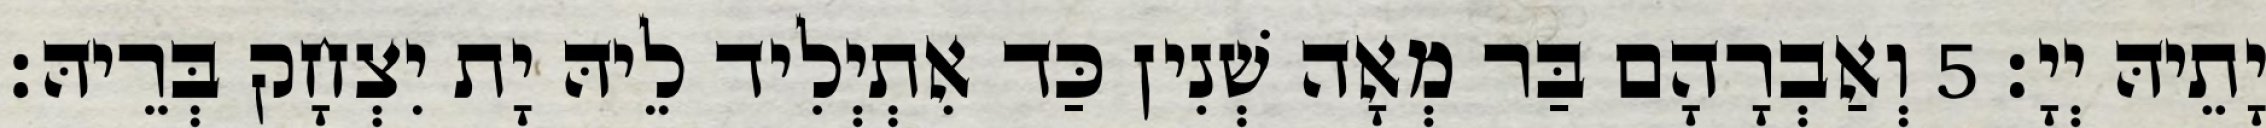
יָתֵיהּ יְיָ׃ 5 וְאַבְרָהָם בַּר מְאָה שְׁנִין כַּד אִתְיְלִיד לֵיהּ יָת יִצְחָק בְּרֵיהּ׃